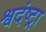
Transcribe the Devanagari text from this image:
श्वदंष्ट्रा